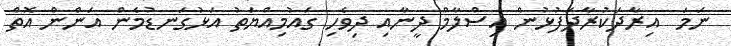
ނަމަ  އިރާދަކުރާދަފުޅުން އިސްލާމް ދީނާއި ދިވެހި ގައުމިއްޔަތު އަޅުގަނޑުމެން އަންން އޮތް